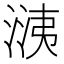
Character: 㴣